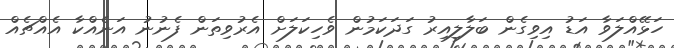
ހަޅޭއްލަވާ އަޑު އިވިގެން ބަލާލިއިރު ގަދަކަމުން ވެހިކަލަށް އެރުވިތަން ފެނުނު އަނެއްކާ އެއްޗެއް